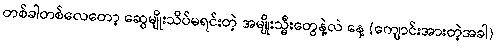
တစ်ခါတစ်လေတော့ ဆွေမျိုးသိပ်မရင်းတဲ့ အမျိုးသ္မီးတွေနဲ့လဲ နေ့ (ကျောင်းအားတဲ့အခါ)